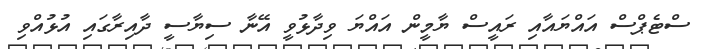
ސްޓެޕްސް އައްޔައާއި ރައީސް ޔާމީން އައްޔަ ވިދާޅުވީ އޭނާ ސިޔާސީ ދާއިރާގައި އުޅުއްވި